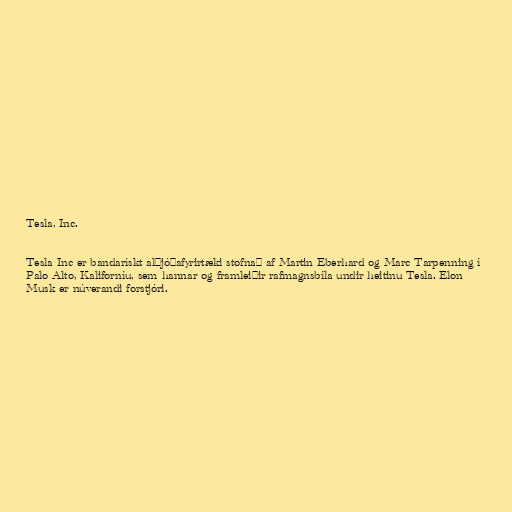
Tesla, Inc.

Tesla Inc er bandarískt alþjóðafyrirtæki stofnað af Martin Eberhard og Marc Tarpenning í
Palo Alto, Kaliforníu, sem hannar og framleiðir rafmagnsbíla undir heitinu Tesla. Elon
Musk er núverandi forstjóri.